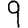
Digit: 9